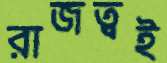
রাজত্বই